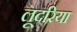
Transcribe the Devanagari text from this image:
लूदरिया